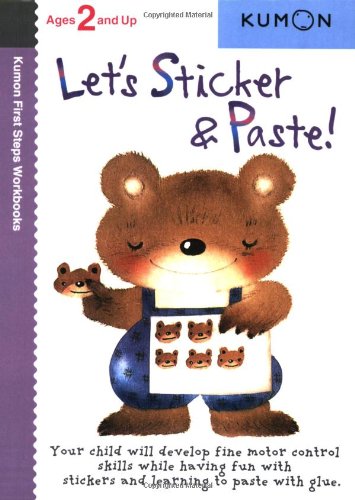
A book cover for Let's Sticker & Paste! (Kumon First Steps Workbooks); Children's Books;